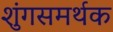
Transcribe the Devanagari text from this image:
शुंगसमर्थक